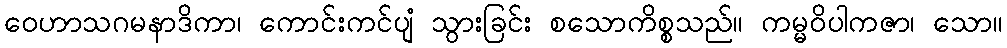
ဝေဟာသဂမနာဒိကာ၊ ကောင်းကင်ပျံ သွားခြင်း စသောကိစ္စသည်။ ကမ္မဝိပါကဇာ၊ သော။